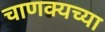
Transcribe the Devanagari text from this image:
चाणक्यच्या